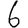
Digit: 6